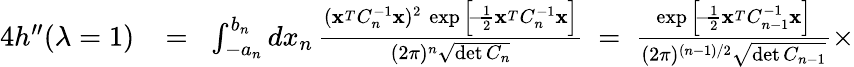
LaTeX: \begin{array}{rlr}{4h^{\prime\prime}(\lambda=1)}&{{}\! =\! }&{\int_{-a_{n}}^{b_{n}}dx_{n}\, {\frac{({\mathbf x}^{_T}C_{n}^{-1}{\mathbf x})^{2}\, \exp\Big[\! -\! {\frac{1}{2}}{\mathbf x}^{_T}C_{n}^{-1}{\mathbf x}\Big]}{(2\pi)^{n}\sqrt{\operatorname*{det}C_{n}}}}\ =\ {\frac{\exp\Big[\! -\! {\frac{1}{2}}{\mathbf x}^{_T}C_{n-1}^{-1}{\mathbf x}\Big]}{(2\pi)^{(n-1)/2}\sqrt{\operatorname*{det}C_{n-1}}}}\times}\end{array}